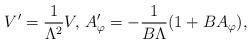
LaTeX: \begin{align*}V' = \frac{1}{\Lambda^2} V,\, A_{\varphi}' = -\frac{1}{B\Lambda}(1+B A_\varphi),\end{align*}